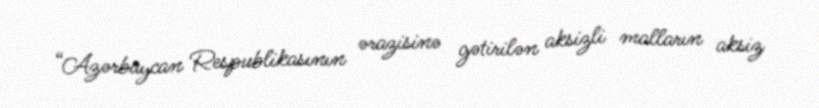
“Azərbaycan Respublikasının ərazisinə gətirilən aksizli malların aksiz